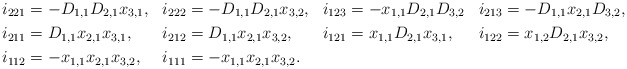
\begin{align*}i_{221}&=-D_{1,1}D_{2,1}x_{3,1}, & i_{222}&=-D_{1,1}D_{2,1}x_{3,2}, & i_{123}&=-x_{1,1}D_{2,1}D_{3,2} & i_{213}&=-D_{1,1}x_{2,1}D_{3,2},\\i_{211}&=D_{1,1}x_{2,1}x_{3,1}, & i_{212}&=D_{1,1}x_{2,1}x_{3,2}, & i_{121}&=x_{1,1}D_{2,1}x_{3,1}, & i_{122}&=x_{1,2}D_{2,1}x_{3,2},\\i_{112}&=-x_{1,1}x_{2,1}x_{3,2}, &i_{111}&=-x_{1,1}x_{2,1}x_{3,2}.\end{align*}